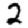
Digit: 2